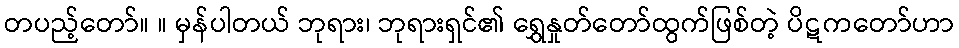
တပည့်တော်။ ။ မှန်ပါတယ် ဘုရား၊ ဘုရားရှင်၏ ရွှေနှုတ်တော်ထွက်ဖြစ်တဲ့ ပိဋကတော်ဟာ